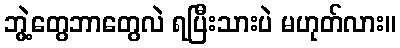
ဘွဲ့တွေဘာတွေလဲ ရပြီးသားပဲ မဟုတ်လား။